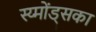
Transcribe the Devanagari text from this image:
स्य्मोंड्सका